Indian journal of veterinary science and animal husbandry - Volume 8,
Year: 1938
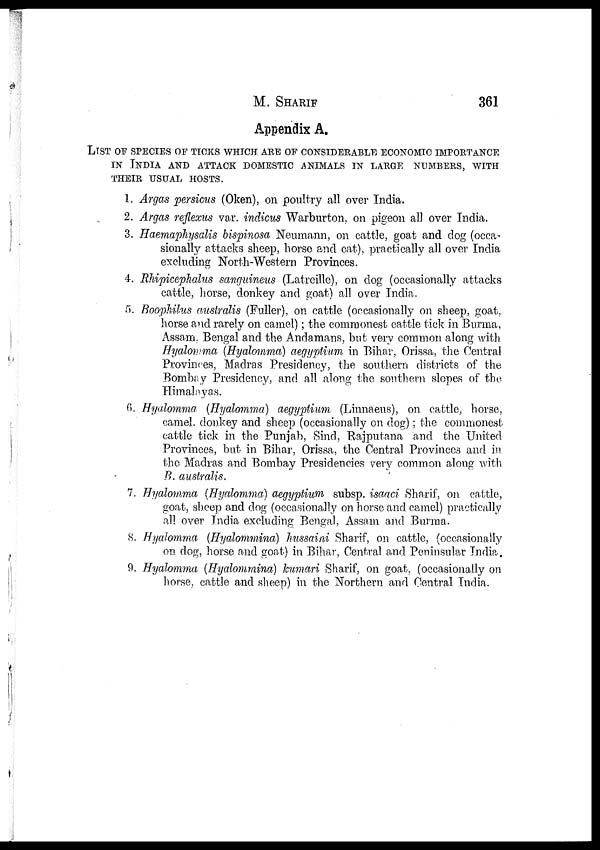
M.
SHARIF
361
Appendix A.
LIST OF SPECIES OF TICKS WHICH ARE OF CONSIDERABLE ECONOMIC IMPORTA
IN INDIA AND ATTACK DOMESTIC ANIMALS IN LARGE NUMBERS, WITH
THEIR USUAL HOSTS.
1. Argas persicus (Oken), on poultry all over India.
2. Argas reflexus var. indicus Warburton, on pigeon all over India.
3. Haemaphysalis bispinosa Neumann, on cattle, goat and dog (occa-
sionally attacks sheep, horse and cat), practically all over India
excluding North-Western Provinces.
4. Rhipicephalus sanguineus (Latreille), on dog (occasionally attacks
cattle, horse, donkey and goat) all over India.
5. Boophilus australis (Fuller), on cattle (occasionally on sheep, goat,
horse and rarely on camel); the commonest cattle tick in Burma,
Assam, Bengal and the Andamans, but very common along with
Hyalomma (Hyalomma) aegyptium in Bihar, Orissa, the Central
Provinces, Madras Presidency, the southern districts of the
Bombay Presidency, and all along the southern slopes of the
Himalayas.
6. Hyalomma (Hyalomma) aegyptium (Linnaeus), on cattle, horse,
camel, donkey and sheep (occasionally on dog); the commonest
cattle tick in the Punjab, Sind, Rajputana and the United
Provinces, but in Bihar, Orissa, the Central Provinces and in
the Madras and Bombay Presidencies very common along with
B. australis.
7. Hyalomma (Hyalomma) aegyptium subsp. isaaci Sharif, on cattle,
goat, sheep and dog (occasionally on horse and camel) practically
all over India excluding Bengal, Assam and Burma.
8. Hyalomma (Hyalommina) hussaini Sharif, on cattle, (occasionally
on dog, horse and goat) in Bihar, Central and Peninsular India.
9. Hyalomma (Hyalommina) kumari Sharif, on goat, (occasionally on
horse, cattle and sheep) in the Northern and Central India.